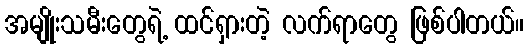
အမျိုးသမီးတွေရဲ့ ထင်ရှားတဲ့ လက်ရာတွေ ဖြစ်ပါတယ်။